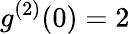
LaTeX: g^{(2)}(0)=2